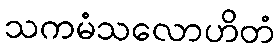
သကမံသလောဟိတံ